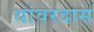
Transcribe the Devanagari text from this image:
थांवरदास